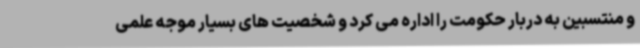
و منتسبین به دربار حکومت را اداره می کرد و شخصیت های بسیار موجه علمی